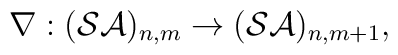
\nabla :({\cal SA})_{n,m}\rightarrow ({\cal SA})_{n,m+1},